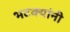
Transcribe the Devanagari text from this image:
भटक्यांनी